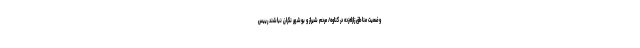
وضعیت مناطق زلزله‌زده در گناوه/ مردم شیراز و بوشهر نگران نباشند رییس